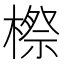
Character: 𣘤